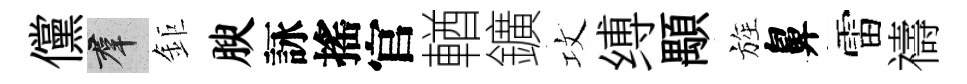
儻群鉅腴詠搖官輶鑛攻缚顒旌鼻雷禱